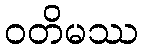
ဝတိမဿ